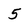
Character: 5